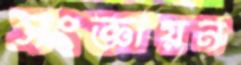
সংজ্ঞায়ন